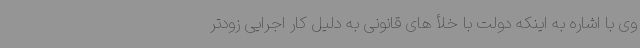
وی با اشاره به اینکه دولت با خلأ های قانونی به دلیل کار اجرایی زودتر